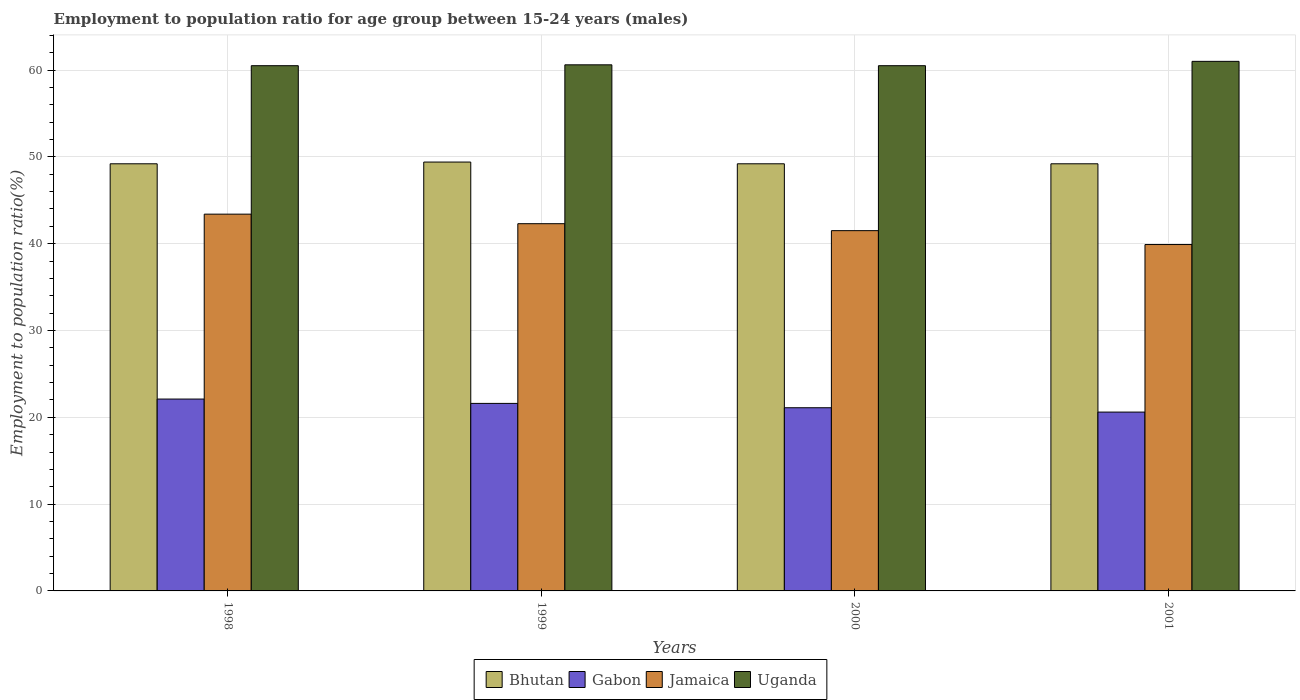
| Years | Bhutan | Gabon | Jamaica | Uganda |
 | --- | --- | --- | --- | --- |
 | 1998 | 49.2 | 22.1 | 43.4 | 60.5 |
 | 1999 | 49.4 | 21.6 | 42.3 | 60.6 |
 | 2000 | 49.2 | 21.1 | 41.5 | 60.5 |
 | 2001 | 49.2 | 20.6 | 39.9 | 61 |